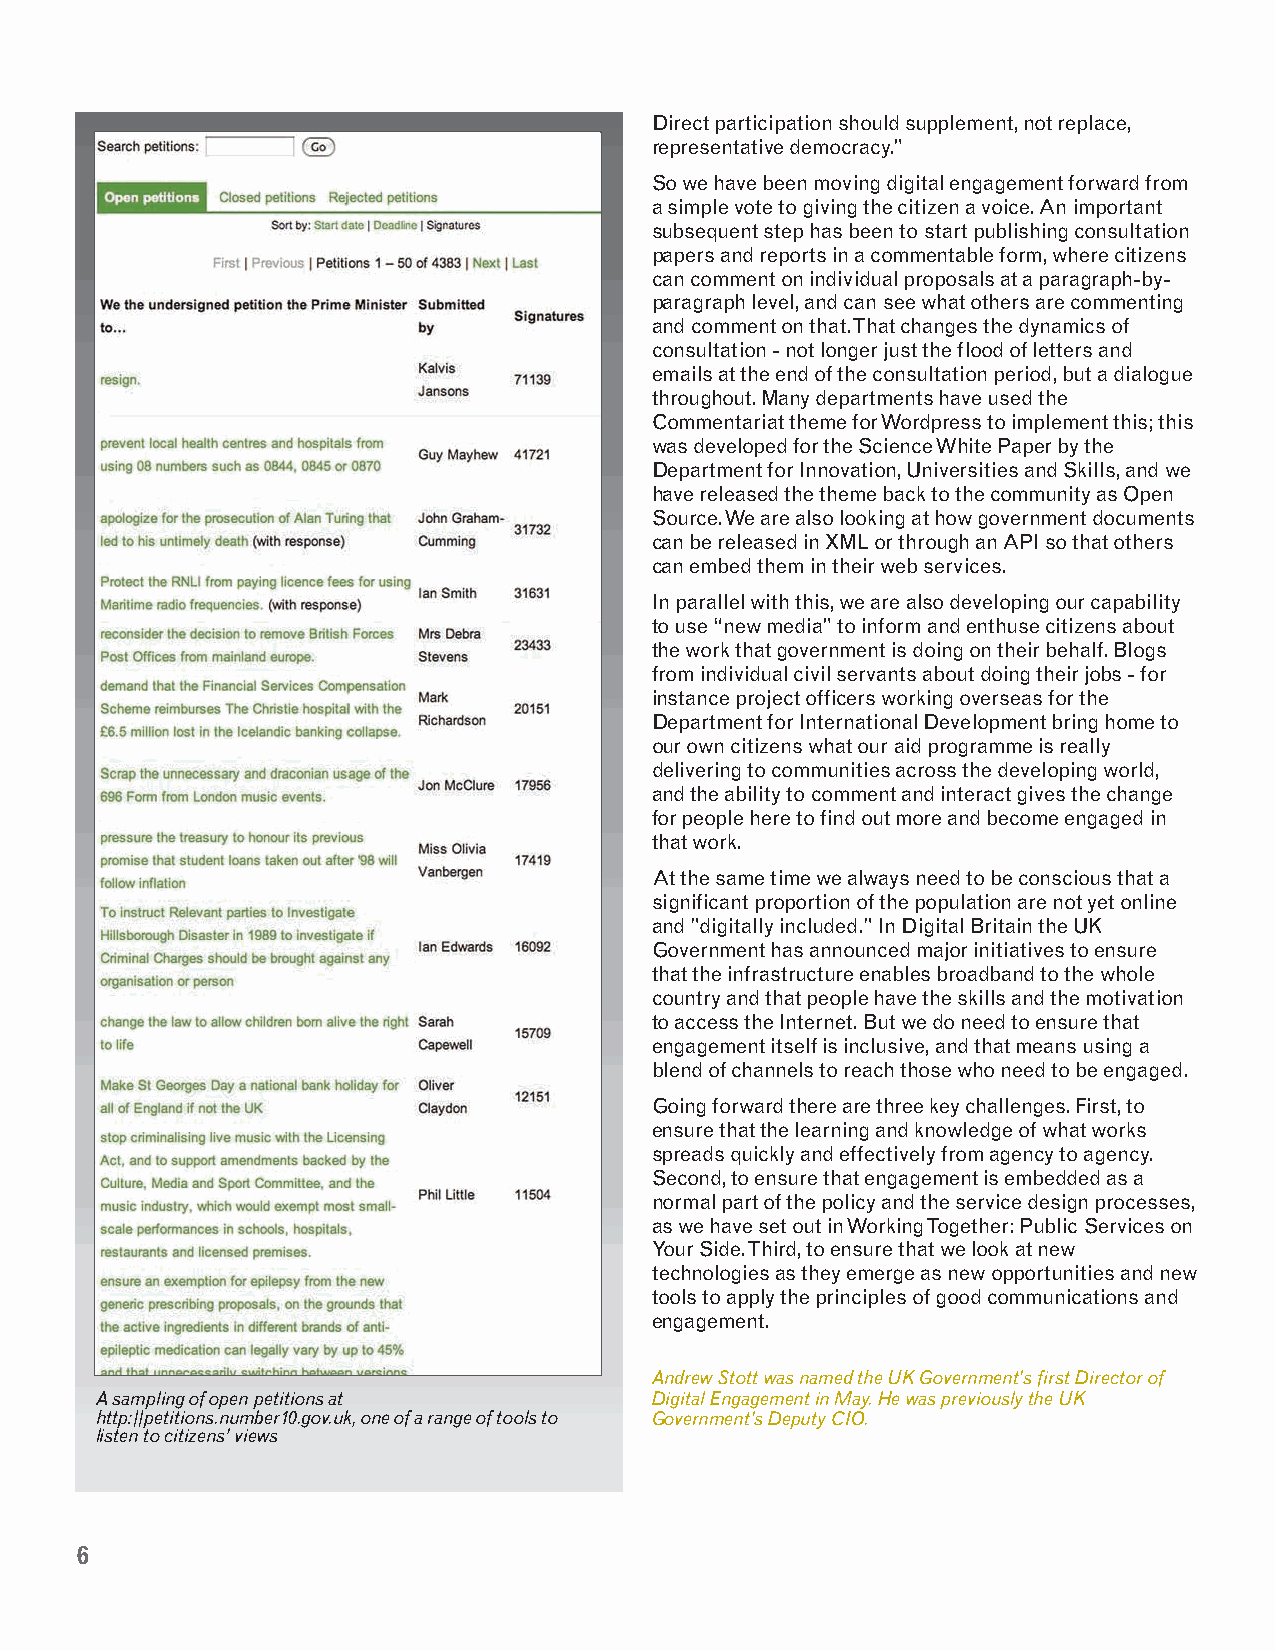
Direct participation should supplement, not replace,
 representative democracy.”
 So we have been moving digital engagement forward from
 a simple vote to giving the citizen a voice. An important
 subsequent step has been to start publishing consultation
 papers and reports in a commentable form, where citizens
 can comment on individual proposals at a paragraph-by-
 paragraph level, and can see what others are commenting
 and comment on that. That changes the dynamics of
 consultation - not longer just the flood of letters and
 emails at the end of the consultation period, but a dialogue
 throughout. Many departments have used the
 Commentariat theme for Wordpress to implement this; this
 was developed for the Science White Paper by the
 Department for Innovation, Universities and Skills, and we
 have released the theme back to the community as Open
 Source. We are also looking at how government documents
 can be released in XML or through an API so that others
 can embed them in their web services.
 In parallel with this, we are also developing our capability
 to use “new media” to inform and enthuse citizens about
 the work that government is doing on their behalf. Blogs
 from individual civil servants about doing their jobs - for
 instance project officers working overseas for the
 Department for International Development bring home to
 our own citizens what our aid programme is really
 delivering to communities across the developing world,
 and the ability to comment and interact gives the change
 for people here to find out more and become engaged in
 that work.
 At the same time we always need to be conscious that a
 significant proportion of the population are not yet online
 and "digitally included." In Digital Britain the UK
 Government has announced major initiatives to ensure
 that the infrastructure enables broadband to the whole
 country and that people have the skills and the motivation
 to access the Internet. But we do need to ensure that
 engagement itself is inclusive, and that means using a
 blend of channels to reach those who need to be engaged.
 Going forward there are three key challenges. First, to
 ensure that the learning and knowledge of what works
 spreads quickly and effectively from agency to agency.
 Second, to ensure that engagement is embedded as a
 normal part of the policy and the service design processes,
 as we have set out in Working Together: Public Services on
 Your Side. Third, to ensure that we look at new
 technologies as they emerge as new opportunities and new
 tools to apply the principles of good communications and
 engagement.
 Andrew Stott was named the UK Government's first Director of
 A sampling of open petitions at      Digital Engagement in May. He was previously the UK
 http://petitions.number10.gov.uk, one of a range of tools to Government's Deputy CIO.
 listen to citizens’ views
 6